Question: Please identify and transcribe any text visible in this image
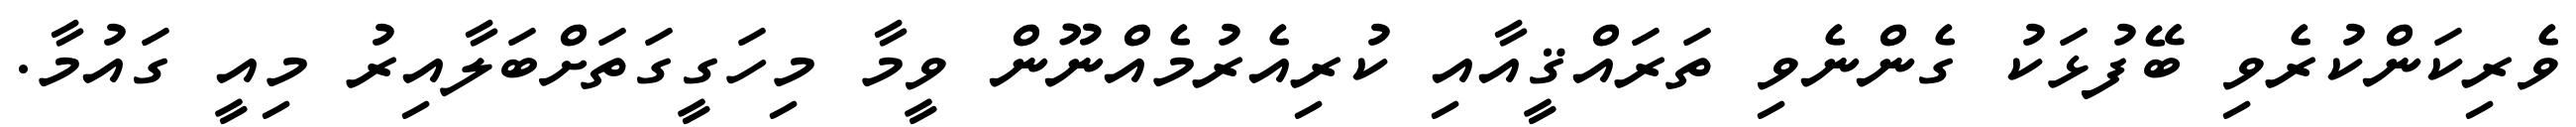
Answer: ވެރިކަންކުރެވި ބޭފުޅަކު ގެންނެވި ތަރައްޤީއާއި ކުރިއެރުމެއްނޫން ވީމާ މިހަގީގަތަށްބަލާއިރު މިއީ ގައުމާ.